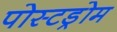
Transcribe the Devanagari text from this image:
पोस्टड्रोम